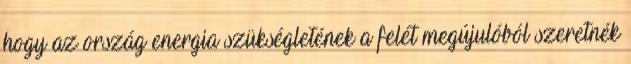
hogy az ország energia szükségletének a felét megújulóból szeretnék